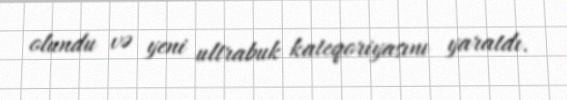
olundu və yeni ultrabuk kateqoriyasını yaratdı.